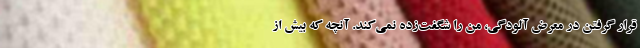
قرار گرفتن در معرض آلودگی، من را شگفت‌زده نمی‌کند. آنچه که بیش از